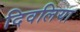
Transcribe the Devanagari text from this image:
दिवलिया